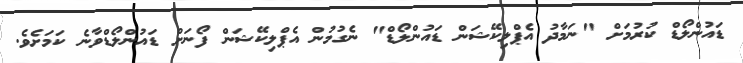
ޑައުންލޯޑް ކުރުމަށް "ނަމާދު އެޕްލިކޭޝަން ޑައުންލޯޑް" ނެގުމުން އެޕްލިކޭޝަން ފޯނަށް ޑައުންލޯޑްވާނެ ކަމަށެވެ.